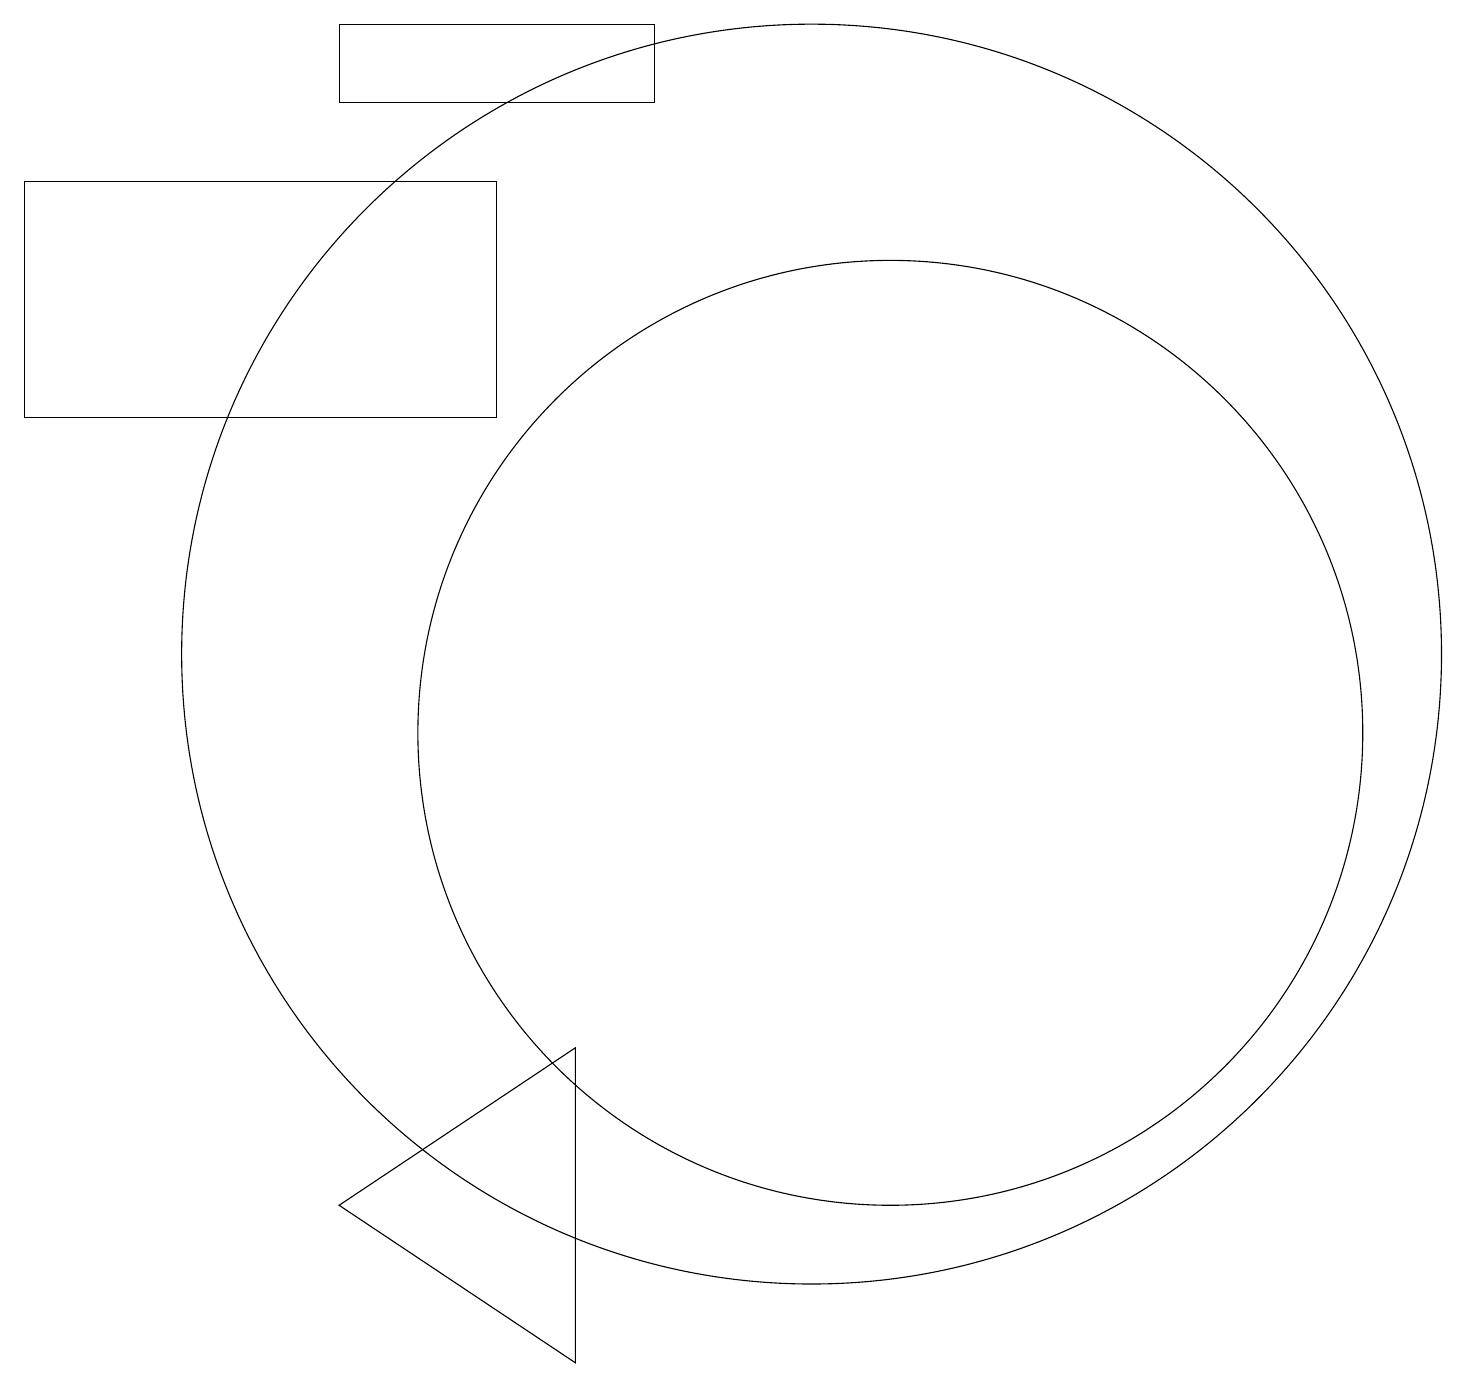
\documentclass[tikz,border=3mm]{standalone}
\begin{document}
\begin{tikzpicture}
\draw (10,11) circle (8);
\draw (8,18) rectangle (4,19);
\draw (11,10) circle (6);
\draw (10,11) circle (0);
\draw (7,6) -- (7,2) -- (4,4) -- cycle;
\draw (0,14) rectangle (6,17);
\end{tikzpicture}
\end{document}